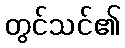
တွင်သင်၏